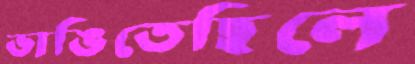
ভাঙিতেছিলে